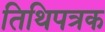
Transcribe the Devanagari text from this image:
तिथिपत्रक